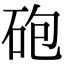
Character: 砲